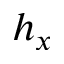
h _ { x }